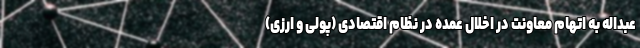
عبداله به اتهام معاونت در اخلال عمده در نظام اقتصادی (پولی و ارزی)